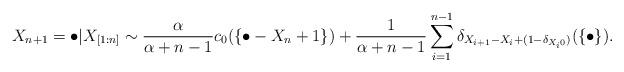
LaTeX: \begin{align*}X_{n+1}=\bullet|X_{[1:n]} \sim \frac{\alpha}{\alpha+n-1} c_0(\{ \bullet-X_n+1\})+\frac{1}{\alpha+n-1} \sum\limits_{i=1}^{n-1} \delta_{X_{i+1}-X_i+(1-\delta_{X_i 0})}(\{\bullet\}). \end{align*}